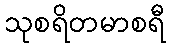
သုစရိတမာစရီ